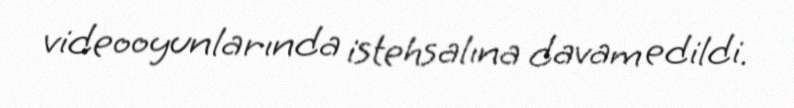
videooyunlarında istehsalına davam edildi.